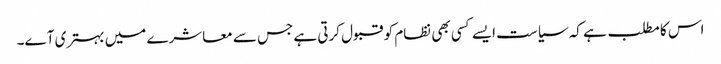
اس کا مطلب ہے کہ سیاست ایسے کسی بھی نظام کو قبول کرتی ہے جس سے معاشرے میں بہتری آے۔